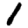
Digit: 1